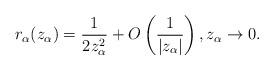
LaTeX: \begin{align*} r_{\alpha}(z_{\alpha})=\frac{1}{2z_{\alpha}^{2}}+O\left(\frac{1}{|z_{\alpha}|}\right),z_{\alpha}\rightarrow 0.\end{align*}